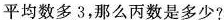
平均数多3，那么丙数是多少?